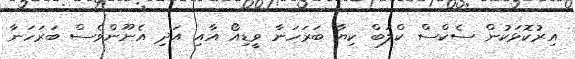
އިރުކޮޅަކުން ސެކްސް ކްލަބް ކިޔާ ބަރަހަނާ ވީޑިއޯ އާއި އަދި އެނޫންވެސް ބަރަހަނާ